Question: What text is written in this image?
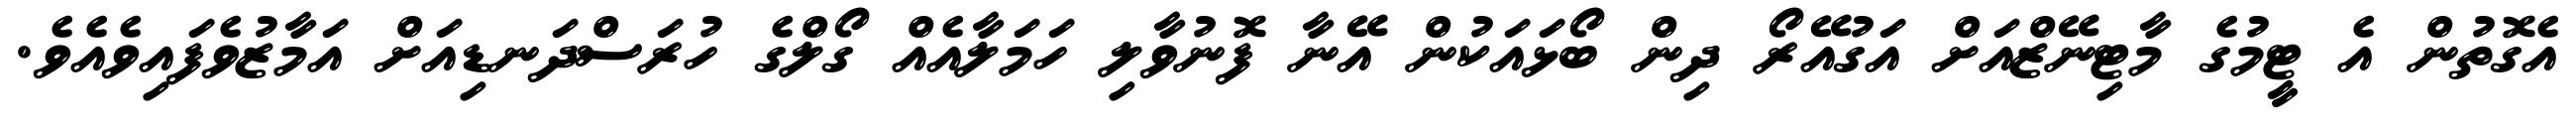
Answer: އެގޮތުން އެ ޓީމުގެ މާޓިނޭޒްއަށް އަގުއޭރޯ ދިން ބޯޅައަކުން އޭނާ ފޮނުވާލި ހަމަލާއެއް ގޯލްގެ ހުރަސްދަނޑިއަށް އަމާޒުވެފައިވެއެވެ.